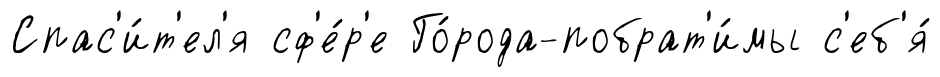
Спас'и́т'ел'я сф'е́р'е Го́рода-побрат'и́мы с'еб'я́